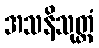
အသနိသုတ္တံ